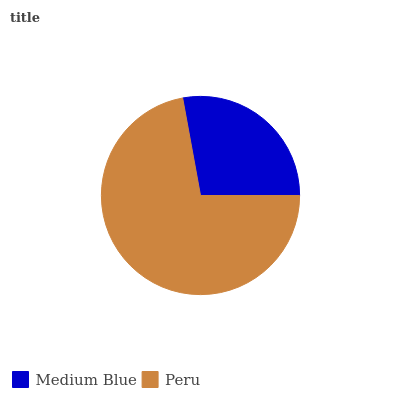
| Medium Blue | Peru |
 | --- | --- |
 | 27.9% | 72.1% |